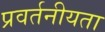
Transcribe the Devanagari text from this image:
प्रवर्तनीयता